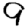
Digit: 9